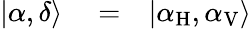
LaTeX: \begin{array}{rlr}{|\alpha,\delta\rangle}&{{}=}&{|\alpha_{\mathrm{H}},\alpha_{\mathrm{V}}\rangle}\end{array}